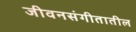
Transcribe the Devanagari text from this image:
जीवनसंगीतातील